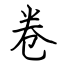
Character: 卷